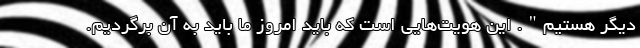
دیگر هستیم". این هویت‌هایی است که باید امروز ما باید به آن برگردیم.